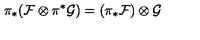
\pi _ { * } ( { \cal F } \otimes \pi ^ { * } { \cal G } ) = ( \pi _ { * } { \cal F } ) \otimes { \cal G }